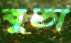
বুডা